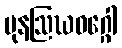
ပုနဩဃဝဂ္ဂေါ